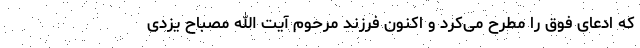
که ادعای فوق را مطرح می‌کرد و اکنون فرزند مرحوم آیت الله مصباح یزدی